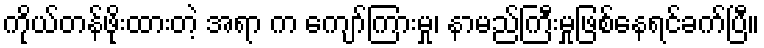
ကိုယ်တန်ဖိုးထားတဲ့ အရာ က ကျော်ကြားမှု၊ နာမည်ကြီးမှုဖြစ်နေရင်ခက်ပြီ။